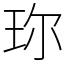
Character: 珎